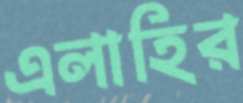
এলাহির